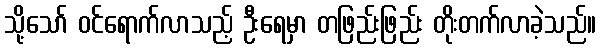
သို့သော် ဝင်ရောက်လာသည့် ဦးရေမှာ တဖြည်းဖြည်း တိုးတက်လာခဲ့သည်။